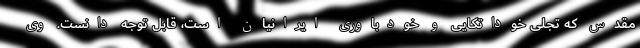
مقدس که تجلی خوداتکایی و خودباوری ایرانیان است، قابل توجه دانست. وی